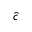
\hat { c }